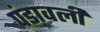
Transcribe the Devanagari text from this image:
पंडावली